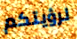
لرؤيتكم